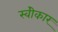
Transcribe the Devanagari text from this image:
स्वीेकार